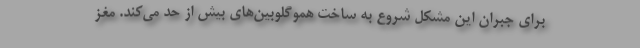
برای جبران این مشکل شروع به ساخت هموگلوبین‌های بیش از حد می‌کند. مغز